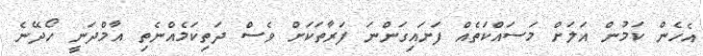
އެހެން ކަމުން އަލަށް މަސައްކަތެއް ފަށައިގަންނަ ފަރާތަކަށް ވެސް ދަތިކަމެއްނެތި އާމްދަނީ ހޯދޭނެ